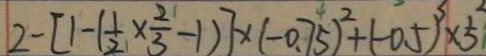
2 - [ 1 - ( \frac { 1 } { 2 } \times \frac { 2 } { 3 } - 1 ) ] \times ( - 0 . 7 5 ) ^ { 2 } + ( - 0 . 5 ) ^ { 3 } \times 5